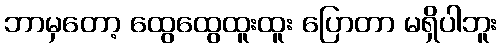
ဘာမှတော့ ထွေထွေထူးထူး ပြောတာ မရှိပါဘူး